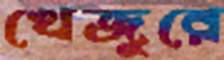
খেজুরে